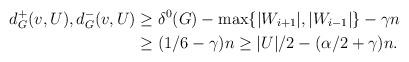
LaTeX: \begin{align*} d^+_G(v, U),d^-_G(v,U) &\ge \delta^0(G) - \max\{|W_{i+1}|, |W_{i-1}|\} - \gamma n \\ &\ge (1/6 - \gamma)n \ge |U|/2 - (\alpha/2 + \gamma)n. \end{align*}